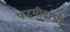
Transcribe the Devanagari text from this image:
फहमीदांची